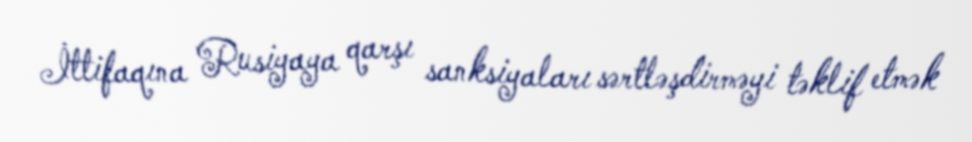
İttifaqına Rusiyaya qarşı sanksiyaları sərtləşdirməyi təklif etmək